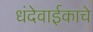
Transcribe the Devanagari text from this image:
धंदेवाईकाचे